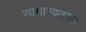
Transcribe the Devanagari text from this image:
सामान्यतयाः